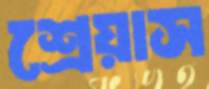
শ্রেয়াস